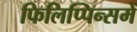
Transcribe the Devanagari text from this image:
फिलिप्पिन्समें